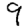
Digit: 9